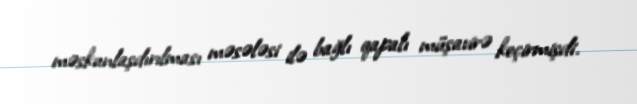
məskunlaşdırılması məsələsi ilə bağlı qapalı müşavirə keçirmişdi.